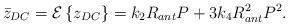
LaTeX: \begin{align*}\bar{z}_{DC}=\mathcal{E}\left\{z_{DC}\right\}=k_2 R_{ant}P+3k_4 R_{ant}^2 P^2.\end{align*}